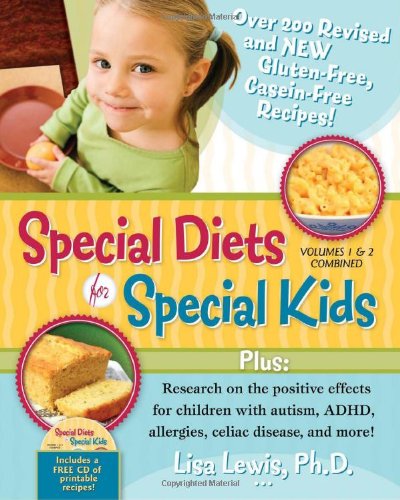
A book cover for Special Diets for Special Kids, Volumes 1 and 2 Combined: Over 200 REVISED and NEW gluten-free casein-free recipes, plus research on the positive ... ADHD, allergies, celiac disease, and more!; Lisa Lewis; Health, Fitness & Dieting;